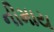
નીમાય